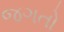
જગતો